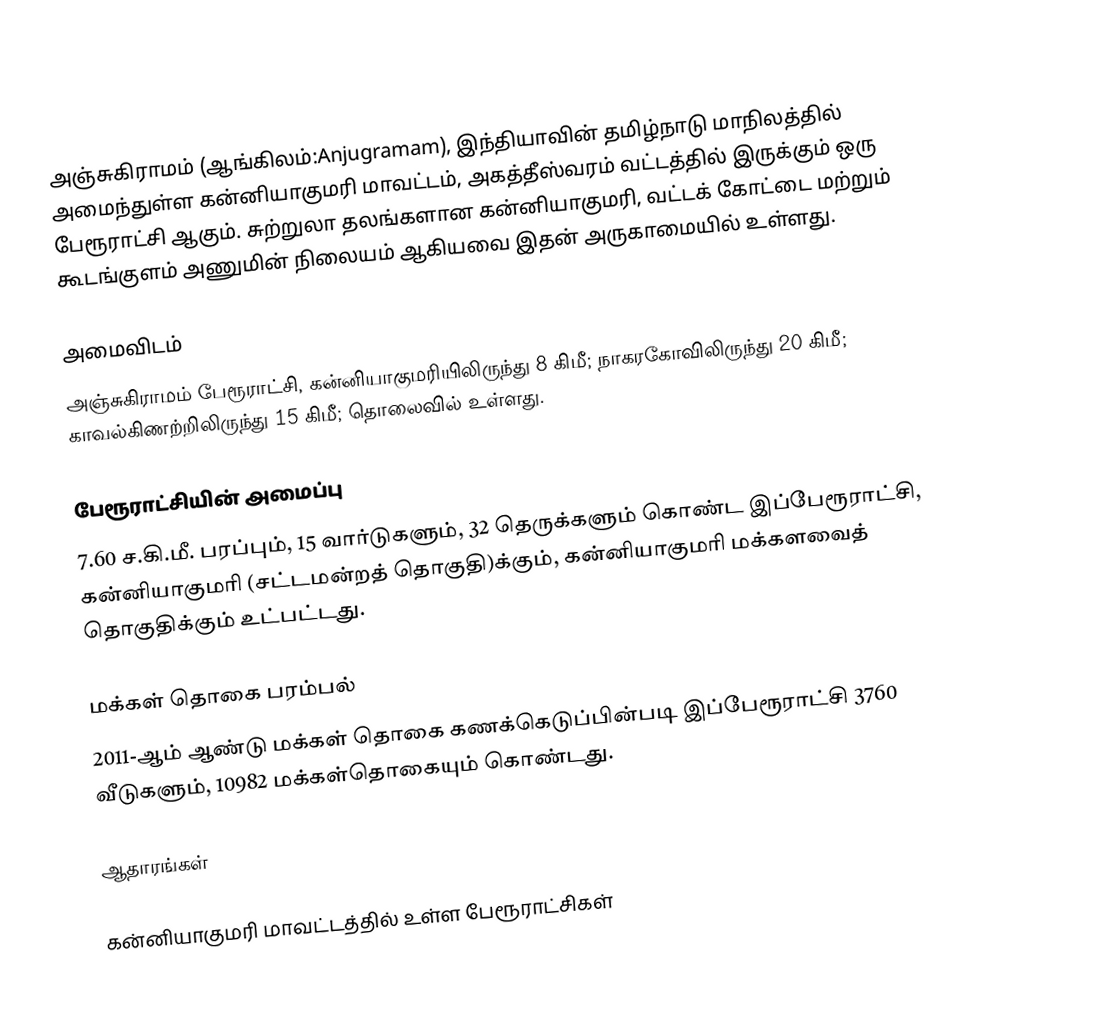
அஞ்சுகிராமம் (ஆங்கிலம்:Anjugramam), இந்தியாவின் தமிழ்நாடு மாநிலத்தில் அமைந்துள்ள கன்னியாகுமரி மாவட்டம், அகத்தீஸ்வரம் வட்டத்தில் இருக்கும் ஒரு பேரூராட்சி ஆகும். சுற்றுலா தலங்களான கன்னியாகுமரி, வட்டக் கோட்டை மற்றும் கூடங்குளம் அணுமின் நிலையம்  ஆகியவை இதன் அருகாமையில் உள்ளது.

அமைவிடம்
அஞ்சுகிராமம் பேரூராட்சி, கன்னியாகுமரியிலிருந்து 8 கிமீ; நாகரகோவிலிருந்து 20 கிமீ; காவல்கிணற்றிலிருந்து 15 கிமீ; தொலைவில் உள்ளது.

பேரூராட்சியின் அமைப்பு
7.60 ச.கி.மீ. பரப்பும், 15  வார்டுகளும், 32 தெருக்களும் கொண்ட இப்பேரூராட்சி, கன்னியாகுமரி  (சட்டமன்றத் தொகுதி)க்கும், கன்னியாகுமரி மக்களவைத் தொகுதிக்கும் உட்பட்டது.

மக்கள் தொகை பரம்பல்
2011-ஆம் ஆண்டு மக்கள் தொகை கணக்கெடுப்பின்படி  இப்பேரூராட்சி                          3760  வீடுகளும், 10982 மக்கள்தொகையும் கொண்டது.

ஆதாரங்கள்

கன்னியாகுமரி மாவட்டத்தில் உள்ள பேரூராட்சிகள்